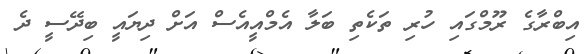
އިބްރާގެ ރޫމްގައި ހުރި ތަކެތި ބަލާ އެމްއީއެސް އަށް ދިޔައީ ބިދޭސީ ދެ